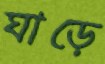
ঘাড়ে